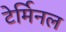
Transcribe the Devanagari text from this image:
टेर्मिनल